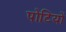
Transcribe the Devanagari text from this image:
पोटियों